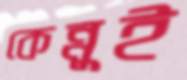
কেন্নুই